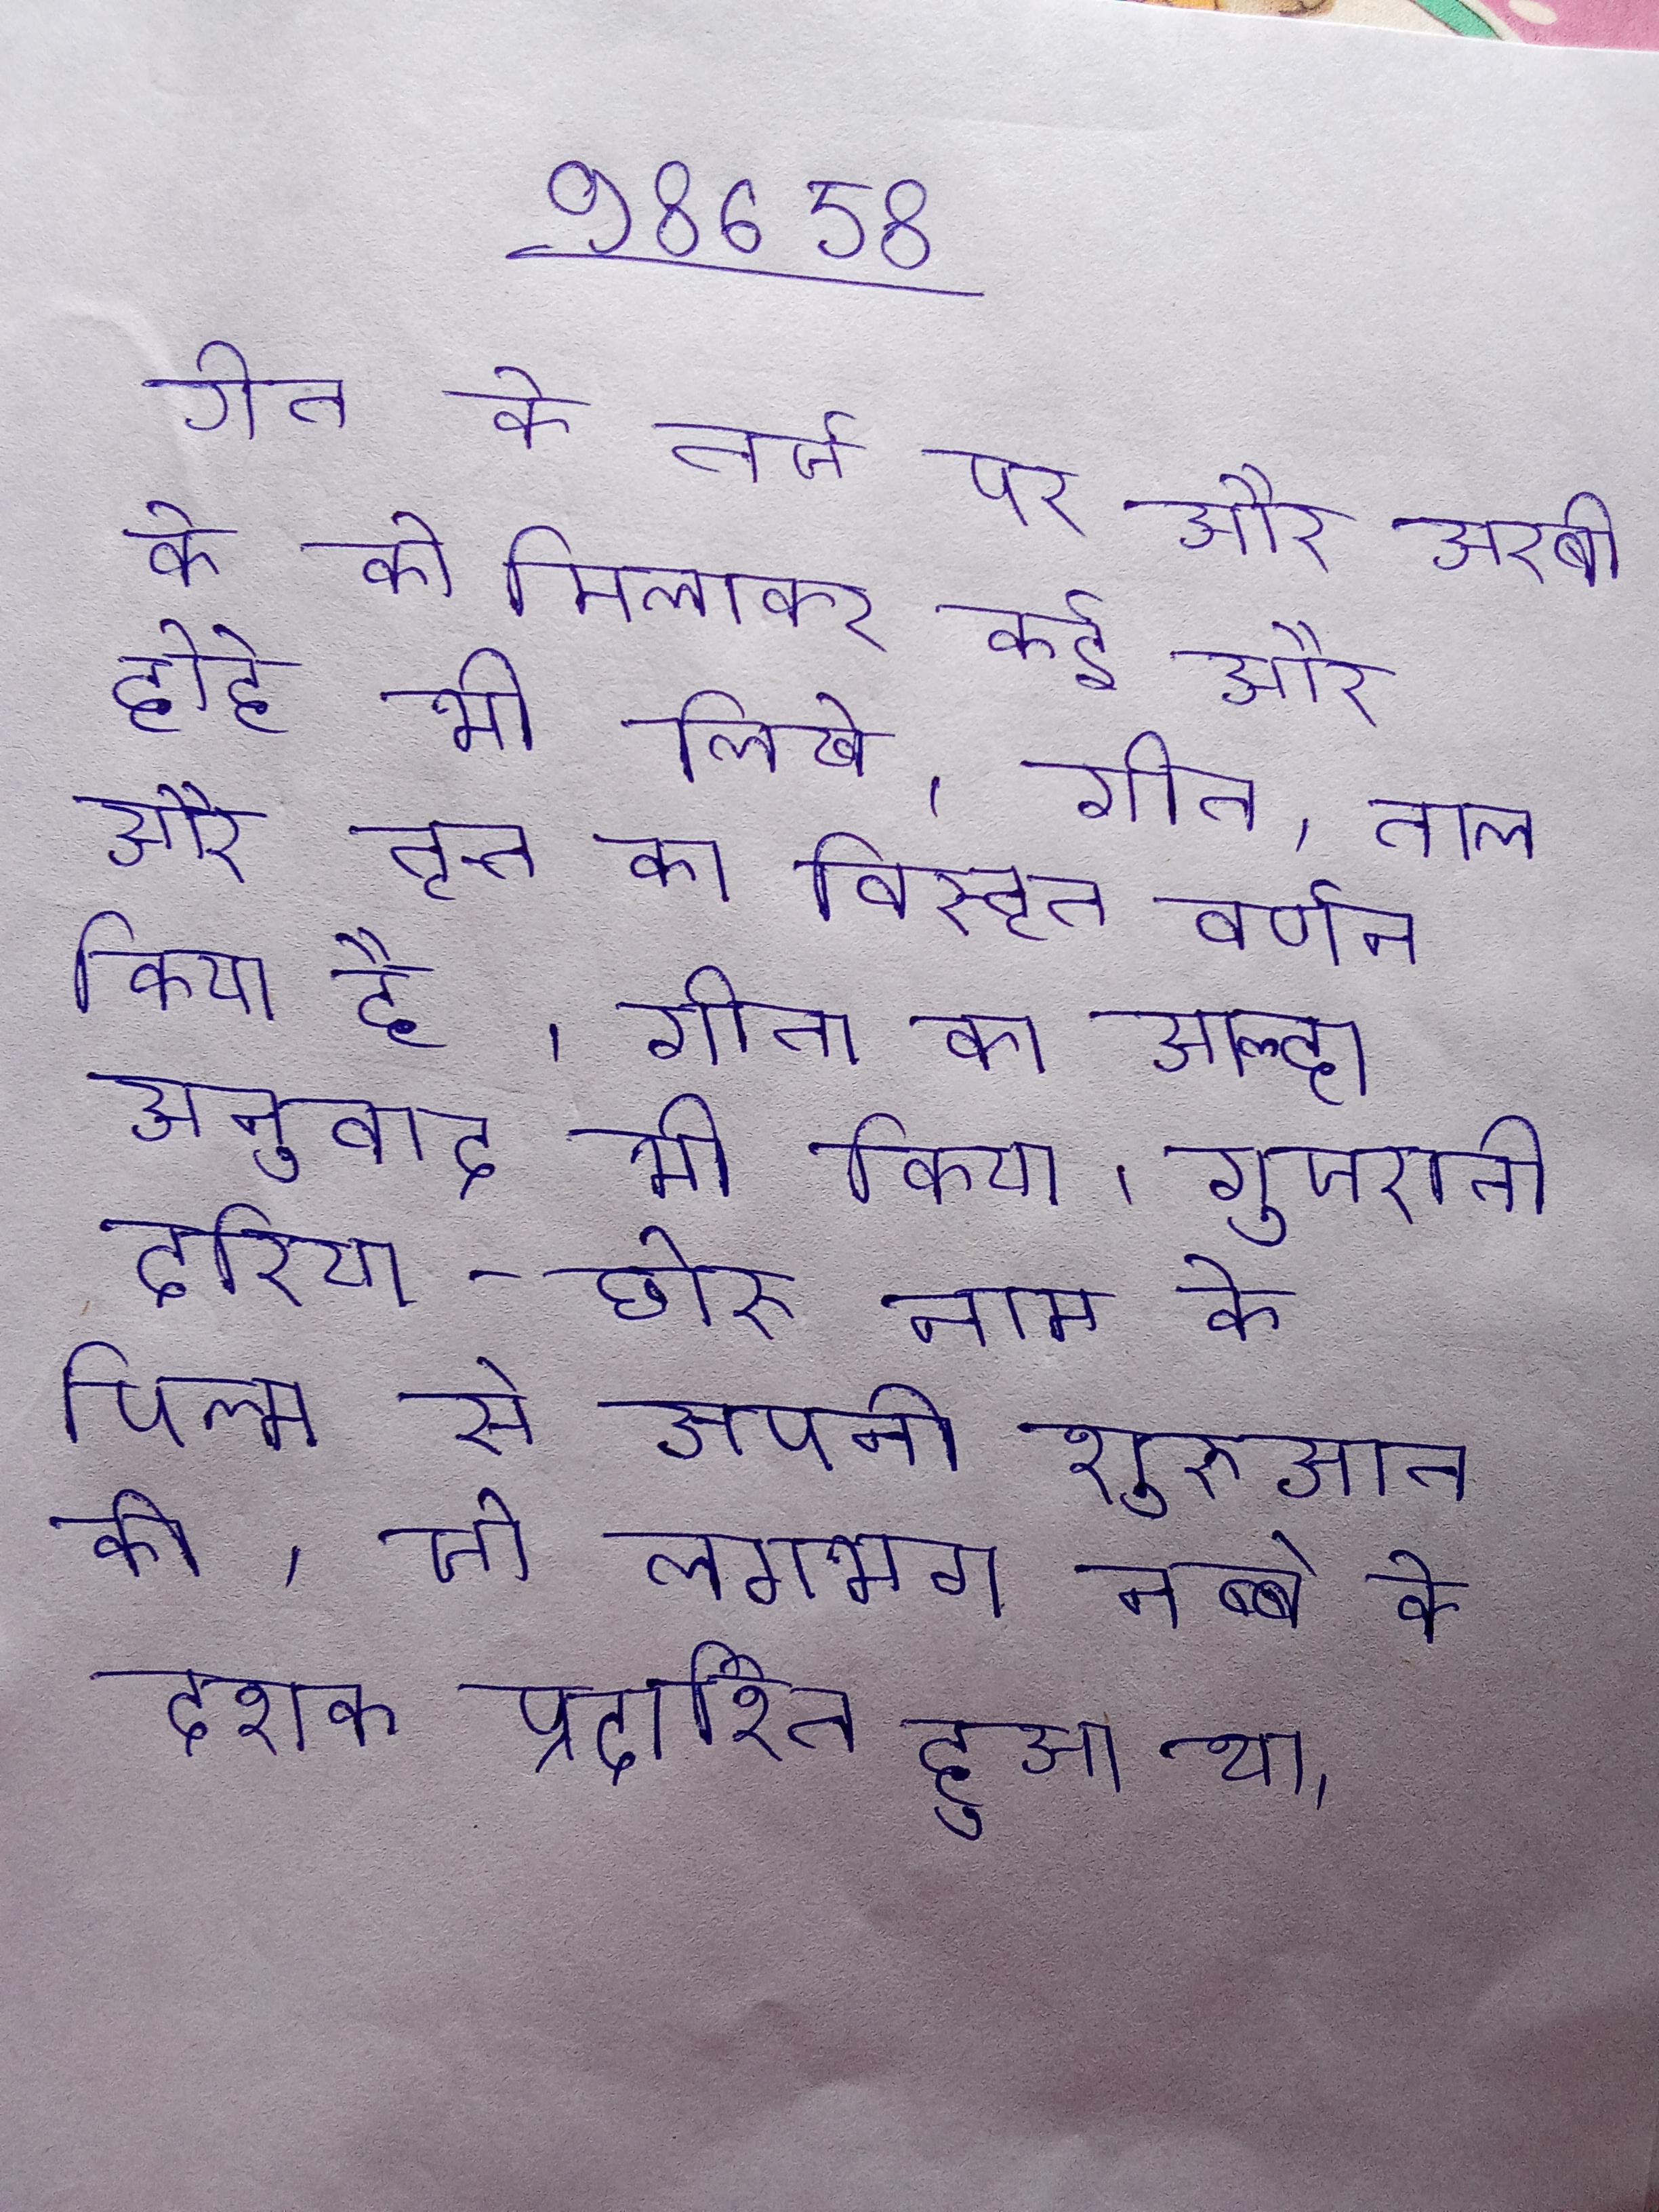
गीत के तर्ज पर और अरबी के को मिलाकर कई और दोहे भी लिखे । गीत, ताल और नृत्त का विस्तृत वर्णन किया है । गीता का आल्हा अनुवाद भी किया । गुजराती दरिया-छोरु नाम के फिल्म से अपनी शुरुआत की, जो लगभग नब्बे के दशक प्रदर्शित हुआ था ।